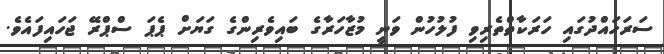
ސަރަހައްދުގައި ހަރަކާތްތެރިވި ފުލުހުން ވަނީ މުޒާހަރާގެ ބައިވެރިންގެ ގަޔަށް ޕެޕަ ސްޕްރޭ ޖަހައިފައެވެ.